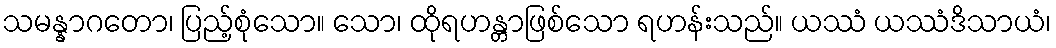
သမန္နာဂတော၊ ပြည့်စုံသော။ သော၊ ထိုရဟန္တာဖြစ်သော ရဟန်းသည်။ ယဿံ ယဿံဒိသာယံ၊